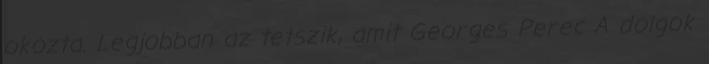
okozta. Legjobban az tetszik, amit Georges Perec A dolgok